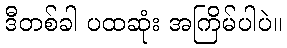
ဒီတစ်ခါ ပထဆုံး အကြိမ်ပါပဲ။